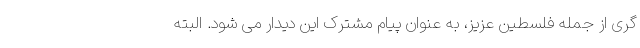
گری از جمله فلسطین عزیز، به عنوان پیام مشترک این دیدار می شود. البته